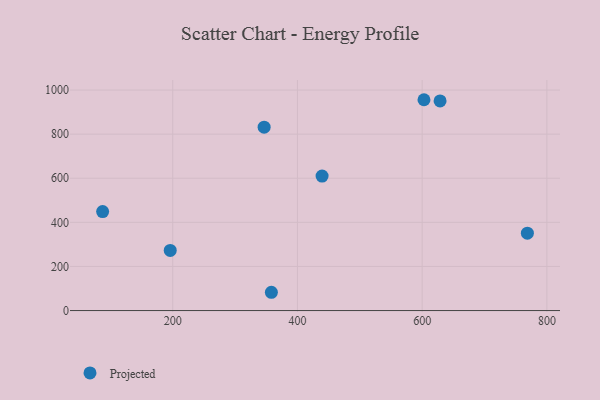
{"axis": {"x": "Speed", "y": "Sales"}, "legend": ["Projected"], "data": [{"x": "602.9", "y": 956.1, "type": "Projected"}, {"x": "196.0", "y": 272.8, "type": "Projected"}, {"x": "346.6", "y": 831.4, "type": "Projected"}, {"x": "439.5", "y": 610.0, "type": "Projected"}, {"x": "628.7", "y": 950.7, "type": "Projected"}, {"x": "768.7", "y": 350.8, "type": "Projected"}, {"x": "87.6", "y": 449.0, "type": "Projected"}, {"x": "358.2", "y": 82.9, "type": "Projected"}]}